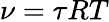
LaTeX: \nu=\tau RT